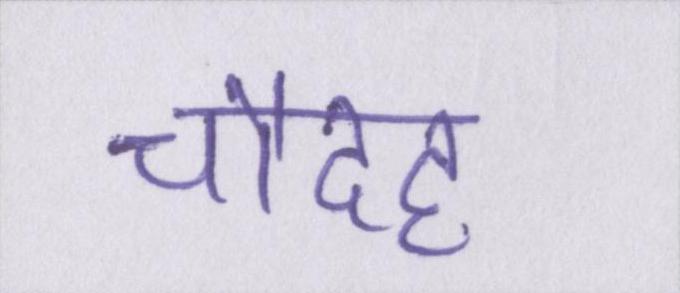
चौदह